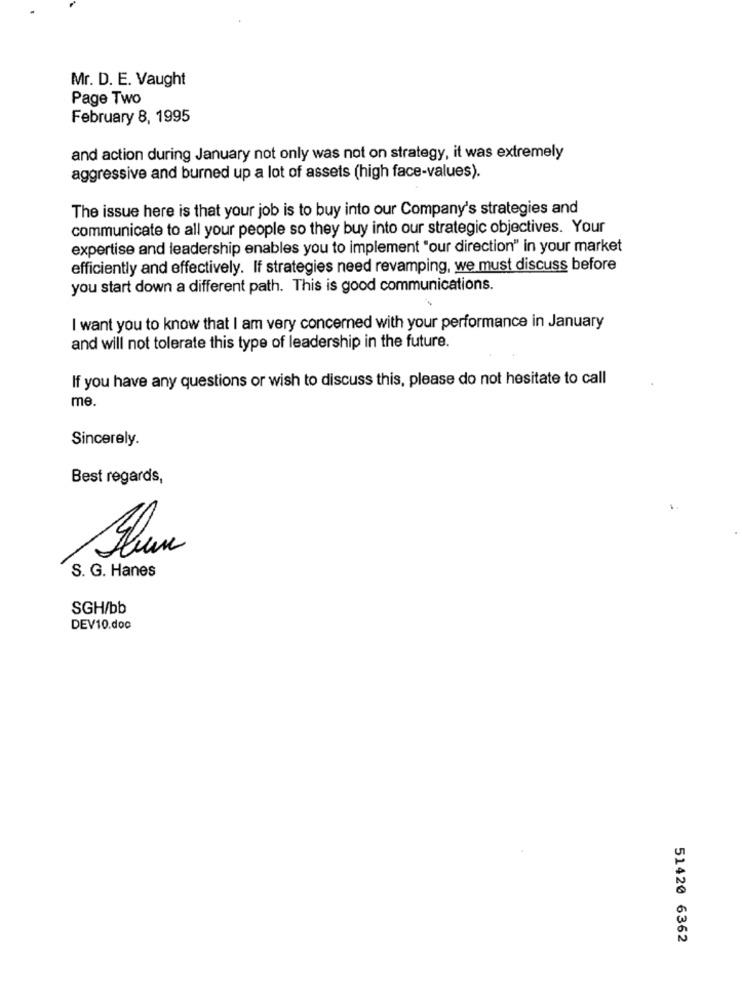
Mr. D. E. Vaught
Page Two
February 8, 1995
and action during January not only was not on strategy, it was extremely
aggressive and burned up a lot of assets (high face-values).
The issue here is that your job is to buy into our Company's strategies and
communicate to all your people so they buy into our strategic objectives. Your
expertise and leadership enables you to implement "our direction" in your market
efficiently and effectively. If strategies need revamping, we must discuss before
you start down a different path. This is good communications.
I want you to know that I am very concerned with your performance in January
and will not tolerate this type of leadership in the future.
If you have any questions or wish to discuss this, please do not hesitate to call
me.
Sincerely.
Best regards,
S. G. Hanes
SGH/bb
DEV10.doc
51420 6362